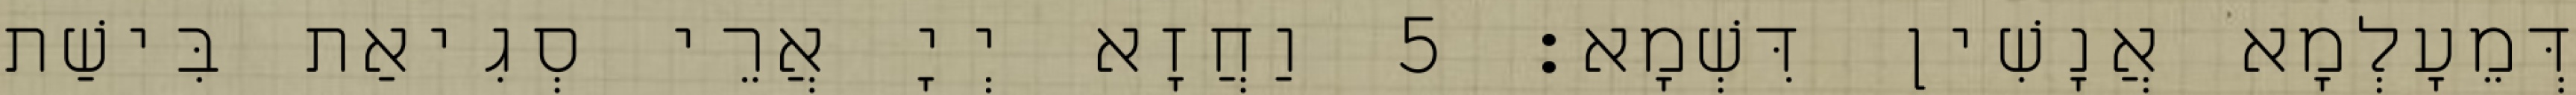
דְּמֵעָלְמָא אֲנָשִׁין דִּשְׁמָא׃ 5 וַחֲזָא יְיָ אֲרֵי סְגִיאַת בִּישַׁת